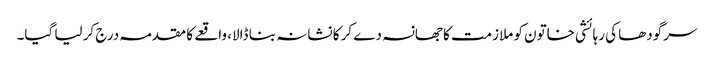
سرگودھا کی رہائشی خاتون کو ملازمت کا جھانسہ دے کر کا نشانہ بنا ڈالا، واقعے کا مقدمہ درج کر لیا گیا۔